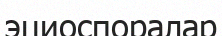
эциоспоралар